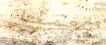
العميل